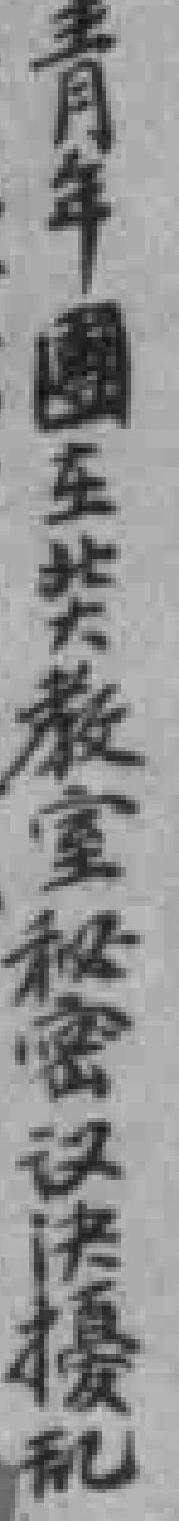
青年團在北大教师秘密议决擾乱